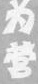
为营